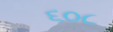
૬૦૮